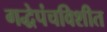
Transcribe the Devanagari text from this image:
गद्धेपंचविशीत